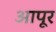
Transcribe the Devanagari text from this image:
आपूर